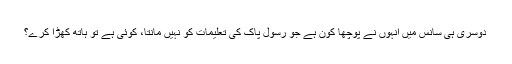
دوسری ہی سانس میں انہوں نے پوچھا کون ہے جو رسول پاک کی تعلیمات کو نہیں مانتا، کوئی ہے تو ہاتھ کھڑا کرے؟